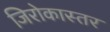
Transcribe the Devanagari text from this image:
जिरोकास्तर